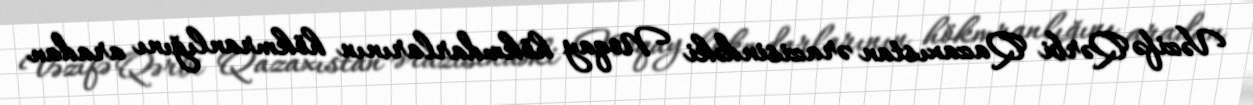
Vəzifə Qərbi Qazaxıstan ərazisindəki Noqay hökmdarlarının hökmranlığını aradan